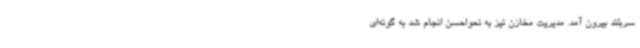
سربلند بیرون آمد. مدیریت مخازن نیز به نحواحسن انجام شد به گونه‌ای